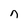
Character: n